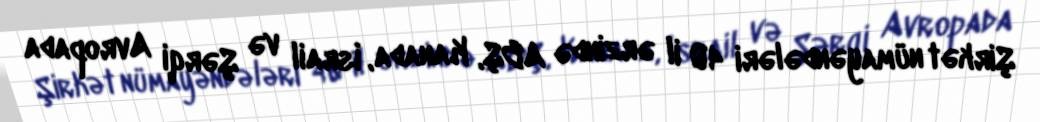
Şirkət nümayəndələri 40 il ərzində ABŞ, Kanada, İsrail və Şərqi Avropada